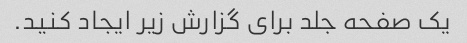
یک صفحه جلد برای گزارش زیر ایجاد کنید.